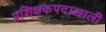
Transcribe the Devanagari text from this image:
प्रशिक्षकपदाखाली